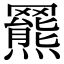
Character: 𦌲